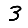
Digit: 3